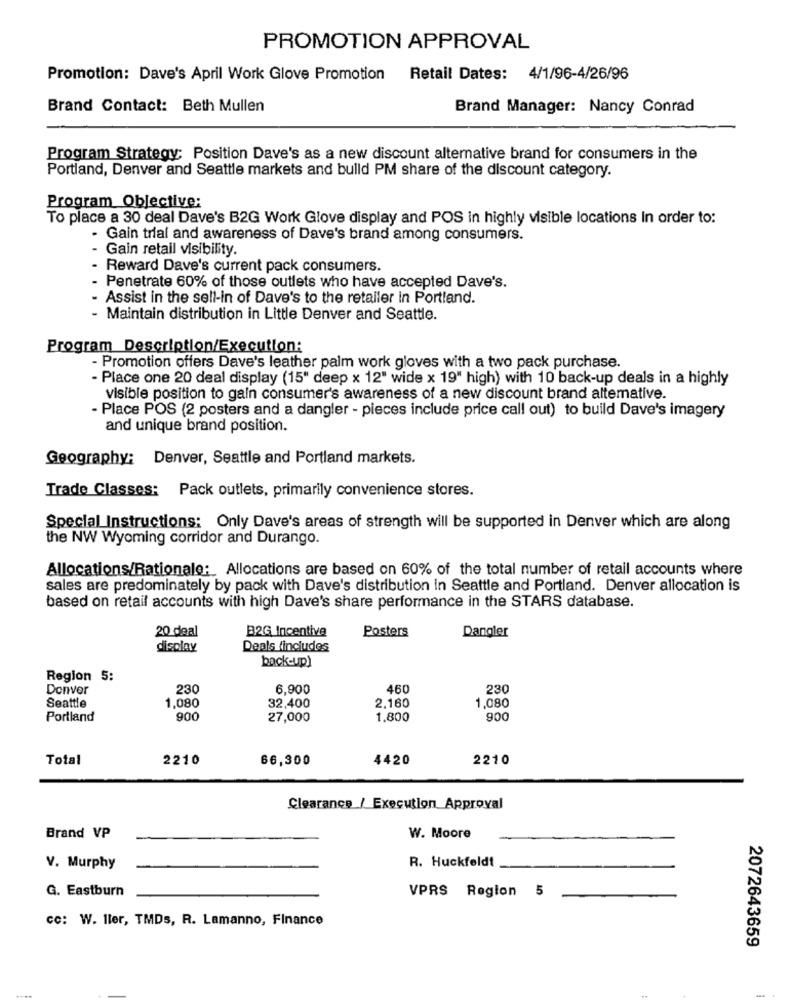
PROMOTION APPROVAL
Promotion: Dave's April Work Glove Promotion Retail Dates: 4/1/96-4/26/96
Brand Contact: Beth Mullen
Brand Manager: Nancy Conrad
Program Strategy; Position Dave's as a new discount alternative brand for consumers in the
Portland, Denver and Seattle markets and bulld PM share of the discount category.
Program Objective:
To place a 30 deal Dave's B2G Work Glove display and POS in highly visible locations In order to:
Gain trial and awareness of Dave's brand among consumers.
Gain retail visibility.
- Reward Dave's current pack consumers.
- Penetrate 60% of those outlets who have accepted Dave's.
- Assist in the sell-in of Dave's to the retailer in Portland.
- Maintain distribution in Little Denver and Seattle.
Program Description/Execution:
- Promotion offers Dave's leather palm work gloves with a two pack purchase.
- Place one 20 deal display (15" deep x 12" wide x 19" high) with 10 back-up deals in a highly
visible position to gain consumer's awareness of a new discount brand altemative.
- Place POS (2 posters and a dangler - pieces include price call out) to build Dave's imagery
and unique brand position.
Geography: Denver, Seattle and Portland markets.
Trade Classes: Pack outlets, primarily convenience stores.
Special Instructions: Only Dave's areas of strength will be supported in Denver which are along
the NW Wyoming corridor and Durango.
Allocations/Rationale: Allocations are based on 60% of the total number of retail accounts where
sales are predominately by pack with Dave's distribution in Seattle and Portland. Denver allocation is
based on retail accounts with high Dave's share performance in the STARS database.
20 deal
B2G Incentive
Posters
Dangler
display
Deals fincludes
back-up)
Region 5:
Donver
230
6,900
460
230
Seattle
1,080
2,160
32,400
1,080
Portland
900
27,000
1,800
900
Total
2210
66,300
4420
2210
Clearance / Execution Approval
Brand VP
W. Moore
V. Murphy
R. Huckfeldt
G. Eastburn
VPRS Region 5
cc: W. Iler, TMDs, R. Lamanno, Finance
2072643659